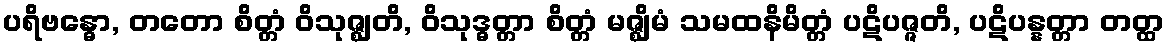
ပရိဗန္ဓော, တတော စိတ္တံ ဝိသုဇ္ဈတိ, ဝိသုဒ္ဓတ္တာ စိတ္တံ မဇ္ဈိမံ သမထနိမိတ္တံ ပဋိပဇ္ဇတိ, ပဋိပန္နတ္တာ တတ္ထ